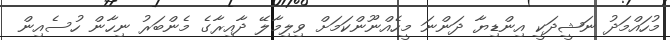
މުހައްމަދު ނަޝީދަކީ އިންޑިޔާ ދަންނަ މީހެއްނޫންކަމަށް ވިލިމާލޭ ދާއިރާގެ މެންބަރު ނިހާން ހުސެއިން